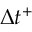
\Delta { t } ^ { + }